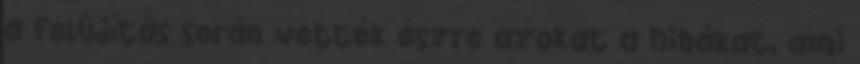
a felújítás során vették észre azokat a hibákat, ami